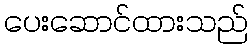
ပေးဆောင်ထားသည်